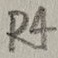
Text: R4